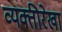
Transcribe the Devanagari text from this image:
व्यक्तीरेखा